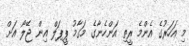
މި އަހަރުގެ އެންމެ ރީތި އަންހެނާގެ މަގާމު ޕީޕަލް އިން ޖޭލޯ އަށް